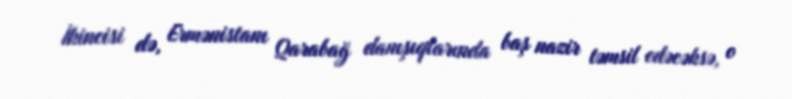
İkincisi də, Ermənistanı Qarabağ danışıqlarında baş nazir təmsil edəcəksə, o